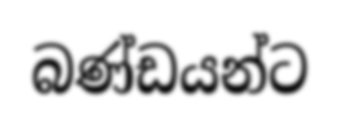
බණ්ඩයන්ට